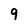
Character: 9